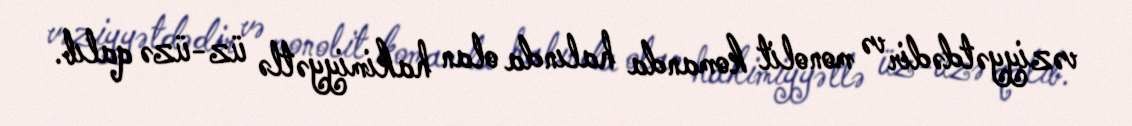
vəziyyətdədir və monolit komanda halında olan hakimiyyətlə üz-üzə qalıb.